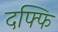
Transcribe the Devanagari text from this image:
दफ्फि